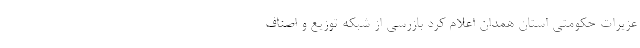
عزیرات حکومتی استان همدان اعلام کرد بازرسی از شبکه توزیع و اصناف